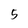
Character: 5